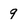
Character: 9